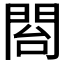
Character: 𮤍